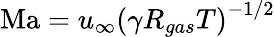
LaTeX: \mathrm{Ma}=u_{\infty}\left(\gamma R_{gas}T\right)^{-1/2}